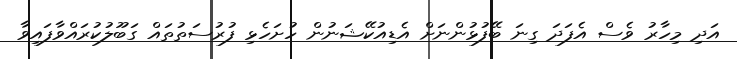
އަދި މިހާރު ވެސް އެފަދަ ގިނަ ބޭފުޅުންނަށް އެޑިއުކޭޝަނުން ހުށަހެޅި ފުރުސަތުތައް ގަބޫލުކުރައްވާފައިވާ